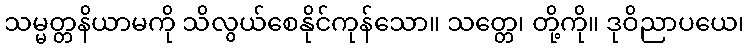
သမ္မတ္တနိယာမကို သိလွယ်စေနိုင်ကုန်သော။ သတ္တေ၊ တို့ကို။ ဒုဝိညာပယေ၊